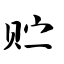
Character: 贮